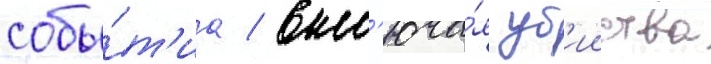
собы́т'иа / вкл'юча́я уб'ииства